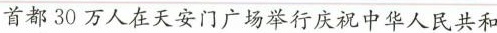
首都30万人在天安门广场举行庆祝中华人民共和